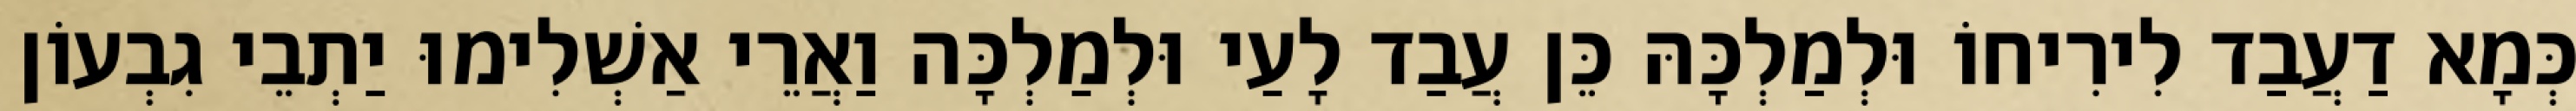
כְּמָא דַעֲבַד לִירִיחוֹ וּלְמַלְכָּהּ כֵּן עֲבַד לָעַי וּלְמַלְכָּה וַאֲרֵי אַשְׁלִימוּ יַתְבֵי גִבְעוֹן